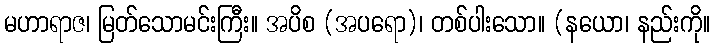
မဟာရာဇ၊ မြတ်သောမင်းကြီး။ အပိစ (အပရော)၊ တစ်ပါးသော။ (နယော၊ နည်းကို။